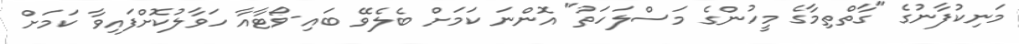
މަނިކުފާނުގެ "ގާތްތިމާގެ މީހުންގެ މަސްލަހަތު" އޮންނަ ކަމަށް ބެލެވޭ ބައި-ވޯޓާއާ ހަވާލުކޮށްފައިވާ ކަމަށް